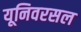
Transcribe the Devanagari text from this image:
यूनिवरसल